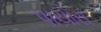
પાચોરા